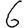
Digit: 6